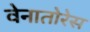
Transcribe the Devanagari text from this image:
वेनातोरेस